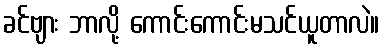
ခင်ဗျား ဘာလို့ ကောင်းကောင်းမသင်ယူတာလဲ။